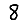
Digit: 8